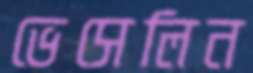
ভেসেলিন